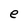
Character: e